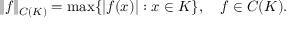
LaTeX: \| f \| _ { C ( K ) } = \operatorname* { m a x } \{ | f ( x ) | : x \in K \} , \quad f \in C ( K ) .